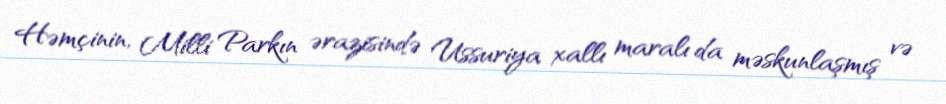
Həmçinin, Milli Parkın ərazisində Ussuriya xallı maralı da məskunlaşmış və